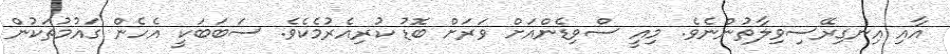
އާއި އިނގިރޭސިވިލާތުންނެވެ. މިއީ ސްވިޑެންއަށް ވަރަށް ބޮޑު ކުރިއެރުމެކެވެ. ސަބަބަކީ އެހެން ގައުމުތަކުން